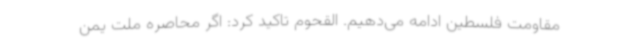
مقاومت فلسطین ادامه می‌دهیم. القحوم تاکید کرد: اگر محاصره ملت یمن